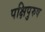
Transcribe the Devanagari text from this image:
पक्षिपुरुष